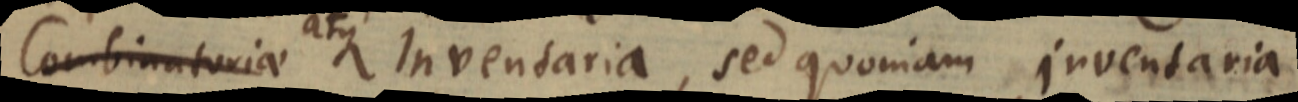
Combinatoriae atque Inventaria, sed quoniam Inventaria